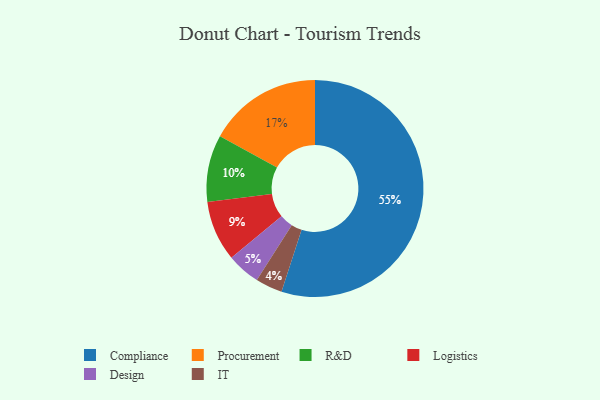
{"axis": {"x": "Category", "y": "Percentage"}, "legend": ["Compliance", "Design", "IT", "Logistics", "Procurement", "R&D"], "data": [{"x": "Compliance", "y": 55, "type": "Compliance"}, {"x": "Logistics", "y": 9, "type": "Logistics"}, {"x": "Procurement", "y": 17, "type": "Procurement"}, {"x": "R&D", "y": 10, "type": "R&D"}, {"x": "Design", "y": 5, "type": "Design"}, {"x": "IT", "y": 4, "type": "IT"}]}